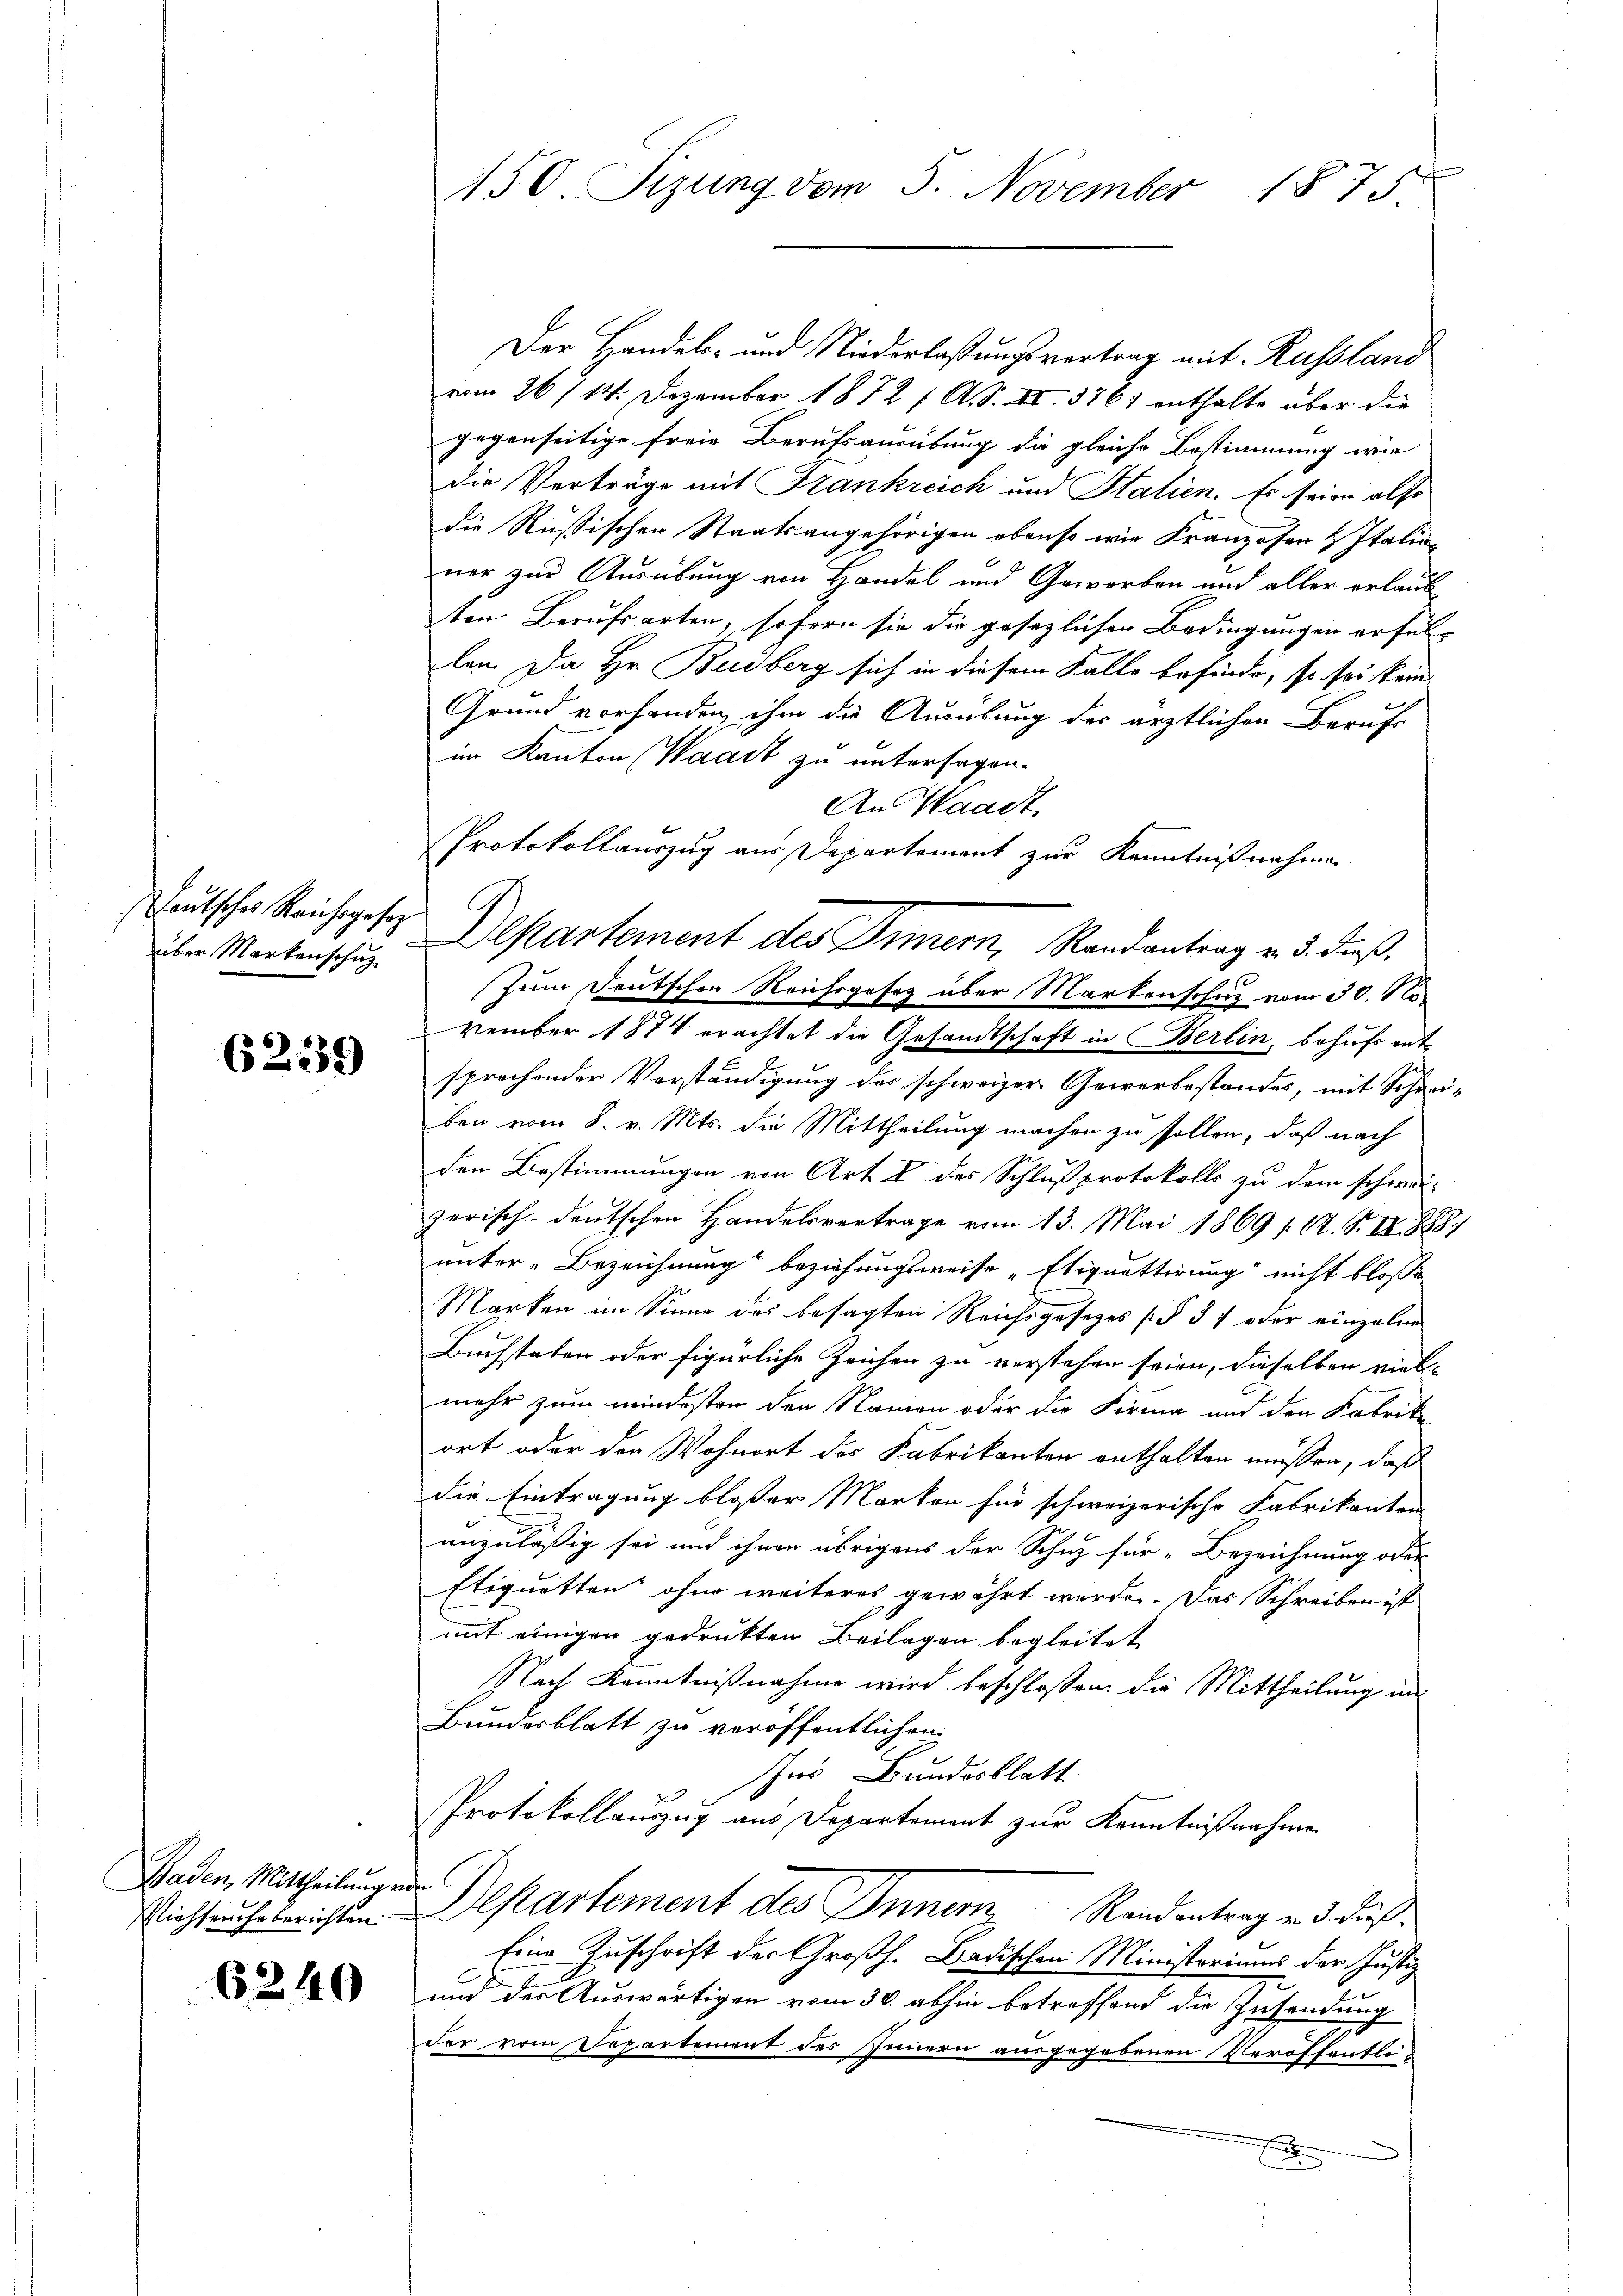
eutsches Reichsgesez
über Markenschuz

6239

Baden, Mittheilung in
Viehseuche berichten.

6240

150. Sizung vom 5. November 1875

Der Handels- und Niederlastungsvertrag mit Russland
vom 26/14. Dezember 1872 f. A. S. II. 3761 enthalte über die
gegenseitige freie Berufsausübung die gleiche Bestimmung wie
die Verträge mit Frankreich und Stalien. Es seine also
die Rußischen Staatsangehörigen ebenso wie Franzosen & Italinner zur Ausübung von Handel und Gewerben und aller erlaub
ten Berufsarten, sofern sie die gesezlichen Bedingungen erfüllen. Da Hr. Budberg sich in diesem Falle befinde, so sei kein
Grund vorhanden, ihm die Ausübung der ärztlichen Berufs
im Kanton Waadt zu untersagen.
An Waadt
Protokollauszug aus Departement zur Kenntnißnahme
Zum Deutschen Reichsgesez aber Martenschutz vom 30. No
vember 1874 erachtet die Gesandtschaft in Berlin, behufs entsprochender Verständigung der schweizer Gewerbestandes, mit Schrei-
ben vom 8. v. Mts. die Mittheilung machen zu sollen, daß nach
den Bestimmungen von Art. V des Schlußprotokolls zu dem schwei-
zerisch-deutschen Handelsvortrage vom 13. Mai 1869 /12. S. II 1888
unter-Bezeichnung“ beziehungsweise „Etiquetterung nicht bloße
Marken im Sinne des besagten Reichsgesezes [§ 34 oder einzelne
Buchstaben oder figürliche Zeichen zu verstehen seien, dieselben viel-
mehr zum mindesten den Namen oder die Firma und den Fabrike
ort oder der Wohnort des Fabrikanton enthalten müssen, daß
die Eintragung bloßer Marken für schweizerische Fabrikanten
anzuläßig sei und ihnen übrigens der Schuz für Bezeichnung oder
Etiquetten ohne weiteres gewährt werden. Das Schreiben ist
mit einigen gedrukten Beilagen begleitet
Nach Kenntnißnahme wird beschlossen, die Mittheilung in
Bundesblatt zu veröffentlichen
für Bundesblatt
Protokollauszug aus Departement zur Kenntnißnahme
Departement des Innern Randentrag und daß
Eine Zuschrift der Großh. Badischen Ministeriums der Justiz
und des Auswärtigen vom 30. abhin betreffend die Zusendung
der vom Departement des Innern ausgegebenen Veröffentli¬
.

Departement des Armern, Randantrag v. 3. dieß,